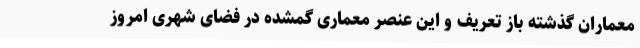
معماران گذشته باز تعریف و این عنصر معماری گمشده در فضای شهری امروز